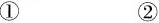
① ②